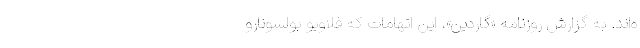
ه‌اند. به گزارش روزنامه «گاردین»، این اتهامات که فلاویو بولسونارو